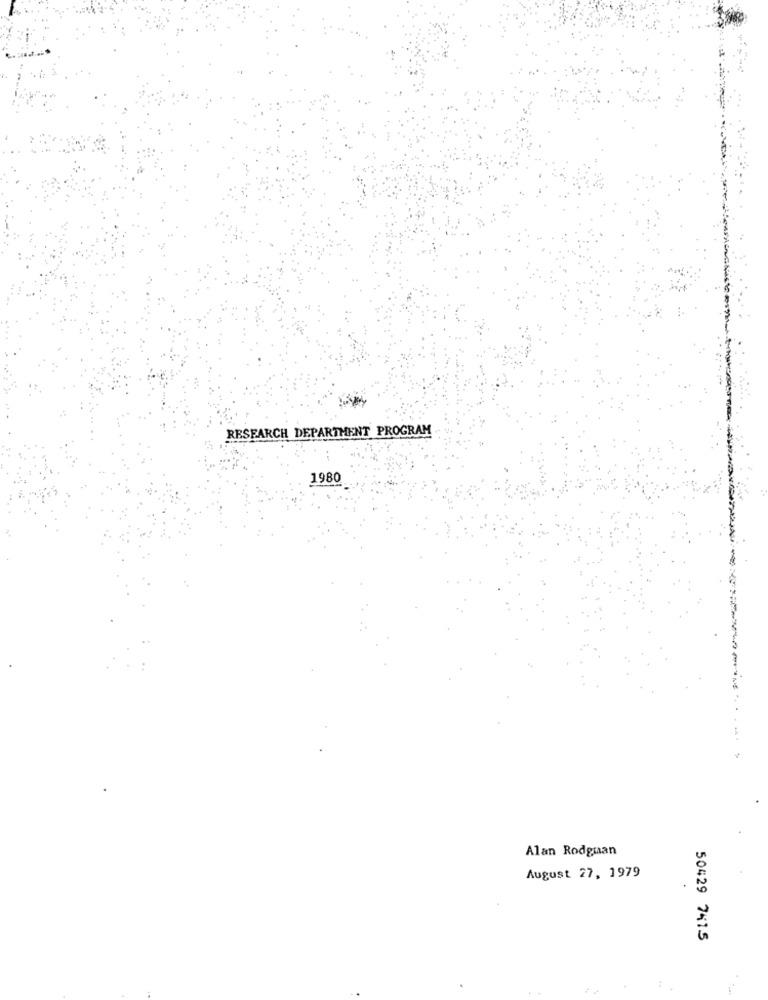
RESEARCH DEPARTMENT PROGRAM
1980
-------------
Alan Rodguan
August 27, 1979
50429 7415